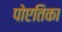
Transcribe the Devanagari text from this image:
पोएतिका